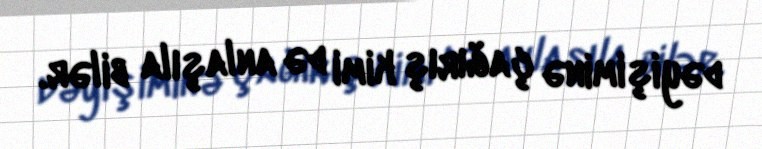
dəyişiminə çağırış kimi də anlaşıla bilər.